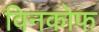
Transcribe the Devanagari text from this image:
विनकोफ